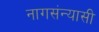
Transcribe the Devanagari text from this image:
नागसंन्यासी